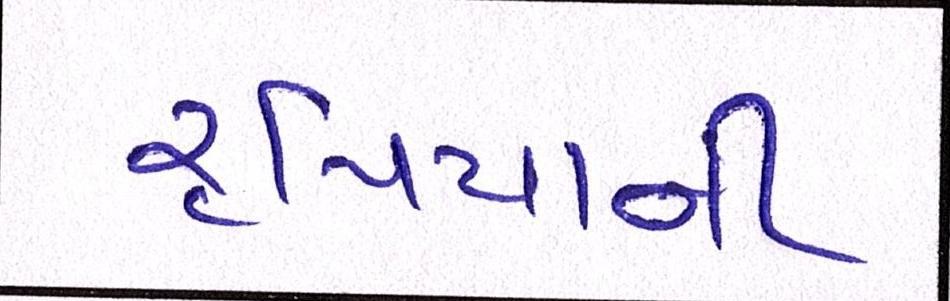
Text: રૃપિયાની